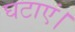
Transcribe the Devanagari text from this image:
घटाएं।